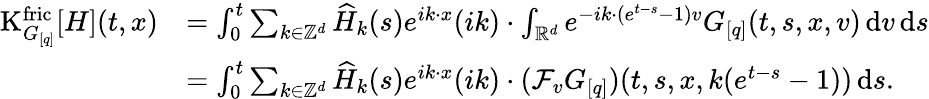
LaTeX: \begin{array}{rl}{\mathrm{K}_{G_{[q]}}^{\mathrm{fric}}[H](t,x)}&{=\int_{0}^{t}\sum_{k\in\mathbb Z^{d}}\widehat{H}_{k}(s)e^{ik\cdot x}(ik)\cdot\int_{\mathbb R^{d}}e^{-ik\cdot(e^{t-s}-1)v}G_{[q]}(t,s,x,v)\, \mathrm{d}v\, \mathrm{d}s}\\ &{=\int_{0}^{t}\sum_{k\in\mathbb Z^{d}}\widehat{H}_{k}(s)e^{ik\cdot x}(ik)\cdot(\mathcal{F}_{v}G_{[q]})(t,s,x,k(e^{t-s}-1))\, \mathrm{d}s.}\end{array}